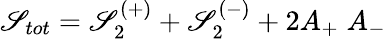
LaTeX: \mathscr{S}_{tot}=\mathscr{S}_{2}^{(+)}+\mathscr{S}_{2}^{(-)}+2A_{+}\; A_{-}